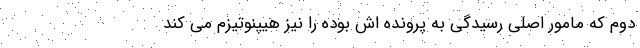
دوم که مامور اصلی رسیدگی به پرونده اش بوده را نیز هیپنوتیزم می کند